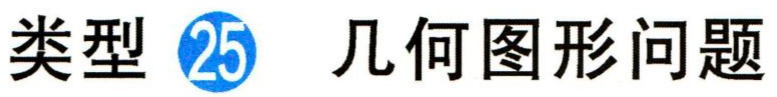
类型 \textcircled{25} 几何图形问题